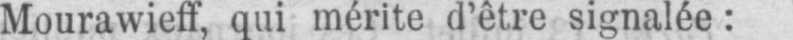
Mourawieff, qui mérite d’être signalée: